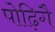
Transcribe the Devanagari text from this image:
पोढ़िगै